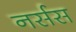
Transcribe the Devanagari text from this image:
नर्सस